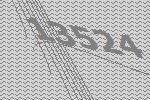
13524